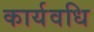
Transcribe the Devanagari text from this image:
कार्यवधि